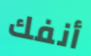
أنفك